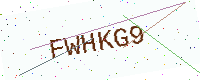
Text: FWHKG9